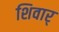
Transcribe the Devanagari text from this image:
शिवार्